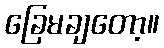
ခြေမချတော့။